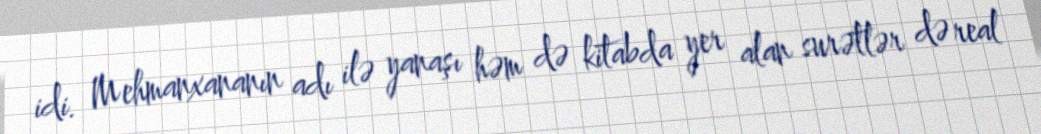
idi. Mehmanxananın adı ilə yanaşı həm də kitabda yer alan surətlər də real